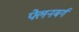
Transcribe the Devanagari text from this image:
फ्लेनबर्ग